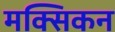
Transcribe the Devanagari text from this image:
मक्सिकन